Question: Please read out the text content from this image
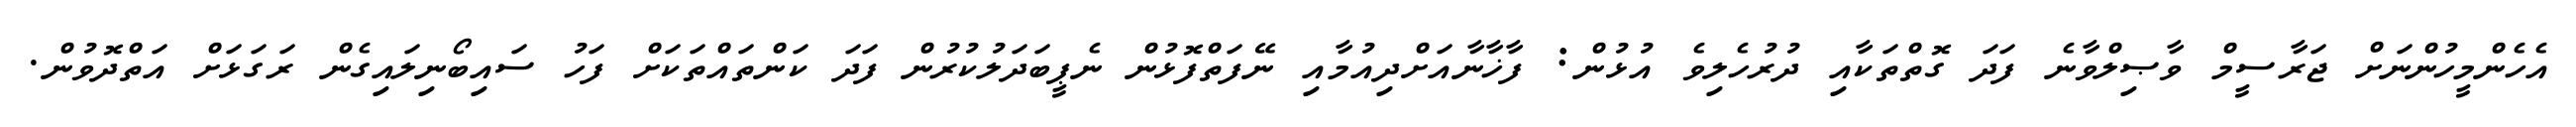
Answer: އެހެންމީހުންނަށް ޖަރާސީމް ވާޞިލްވާނެ ފަދަ ގޮތްތަކާއި ދުރުހެލިވެ އުޅުން: ފާޚާނާއަށްދިއުމާއި ނޭފަތްފޮޅުން ނެޕީބަދަލުކުރުން ފަދަ ކަންތައްތަކަށް ފަހު ސައިބޯނިލައިގެން ރަގަޅަށް އަތްދޮވުން.